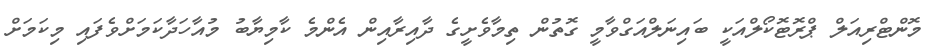
މޮންޓްރިއަލް ޕްރޮޓޮކޯލްއަކީ ބައިނަލްއަގްވާމީ ގޮތުން ތިމާވެށީގެ ދާއިރާއިން އެންމެ ކާމިޔާބު މުއާހަދާކަމަށްވެފައި މިކަމަށް